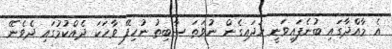
އެ މާއްދާގައި ބުނެފައިވަނީ ހަދައިގެން ނުވަތަ ސާބިތު ނުހިފޭ ވާހަކަ ދެއްކުމުގައި ދެވެނޭ